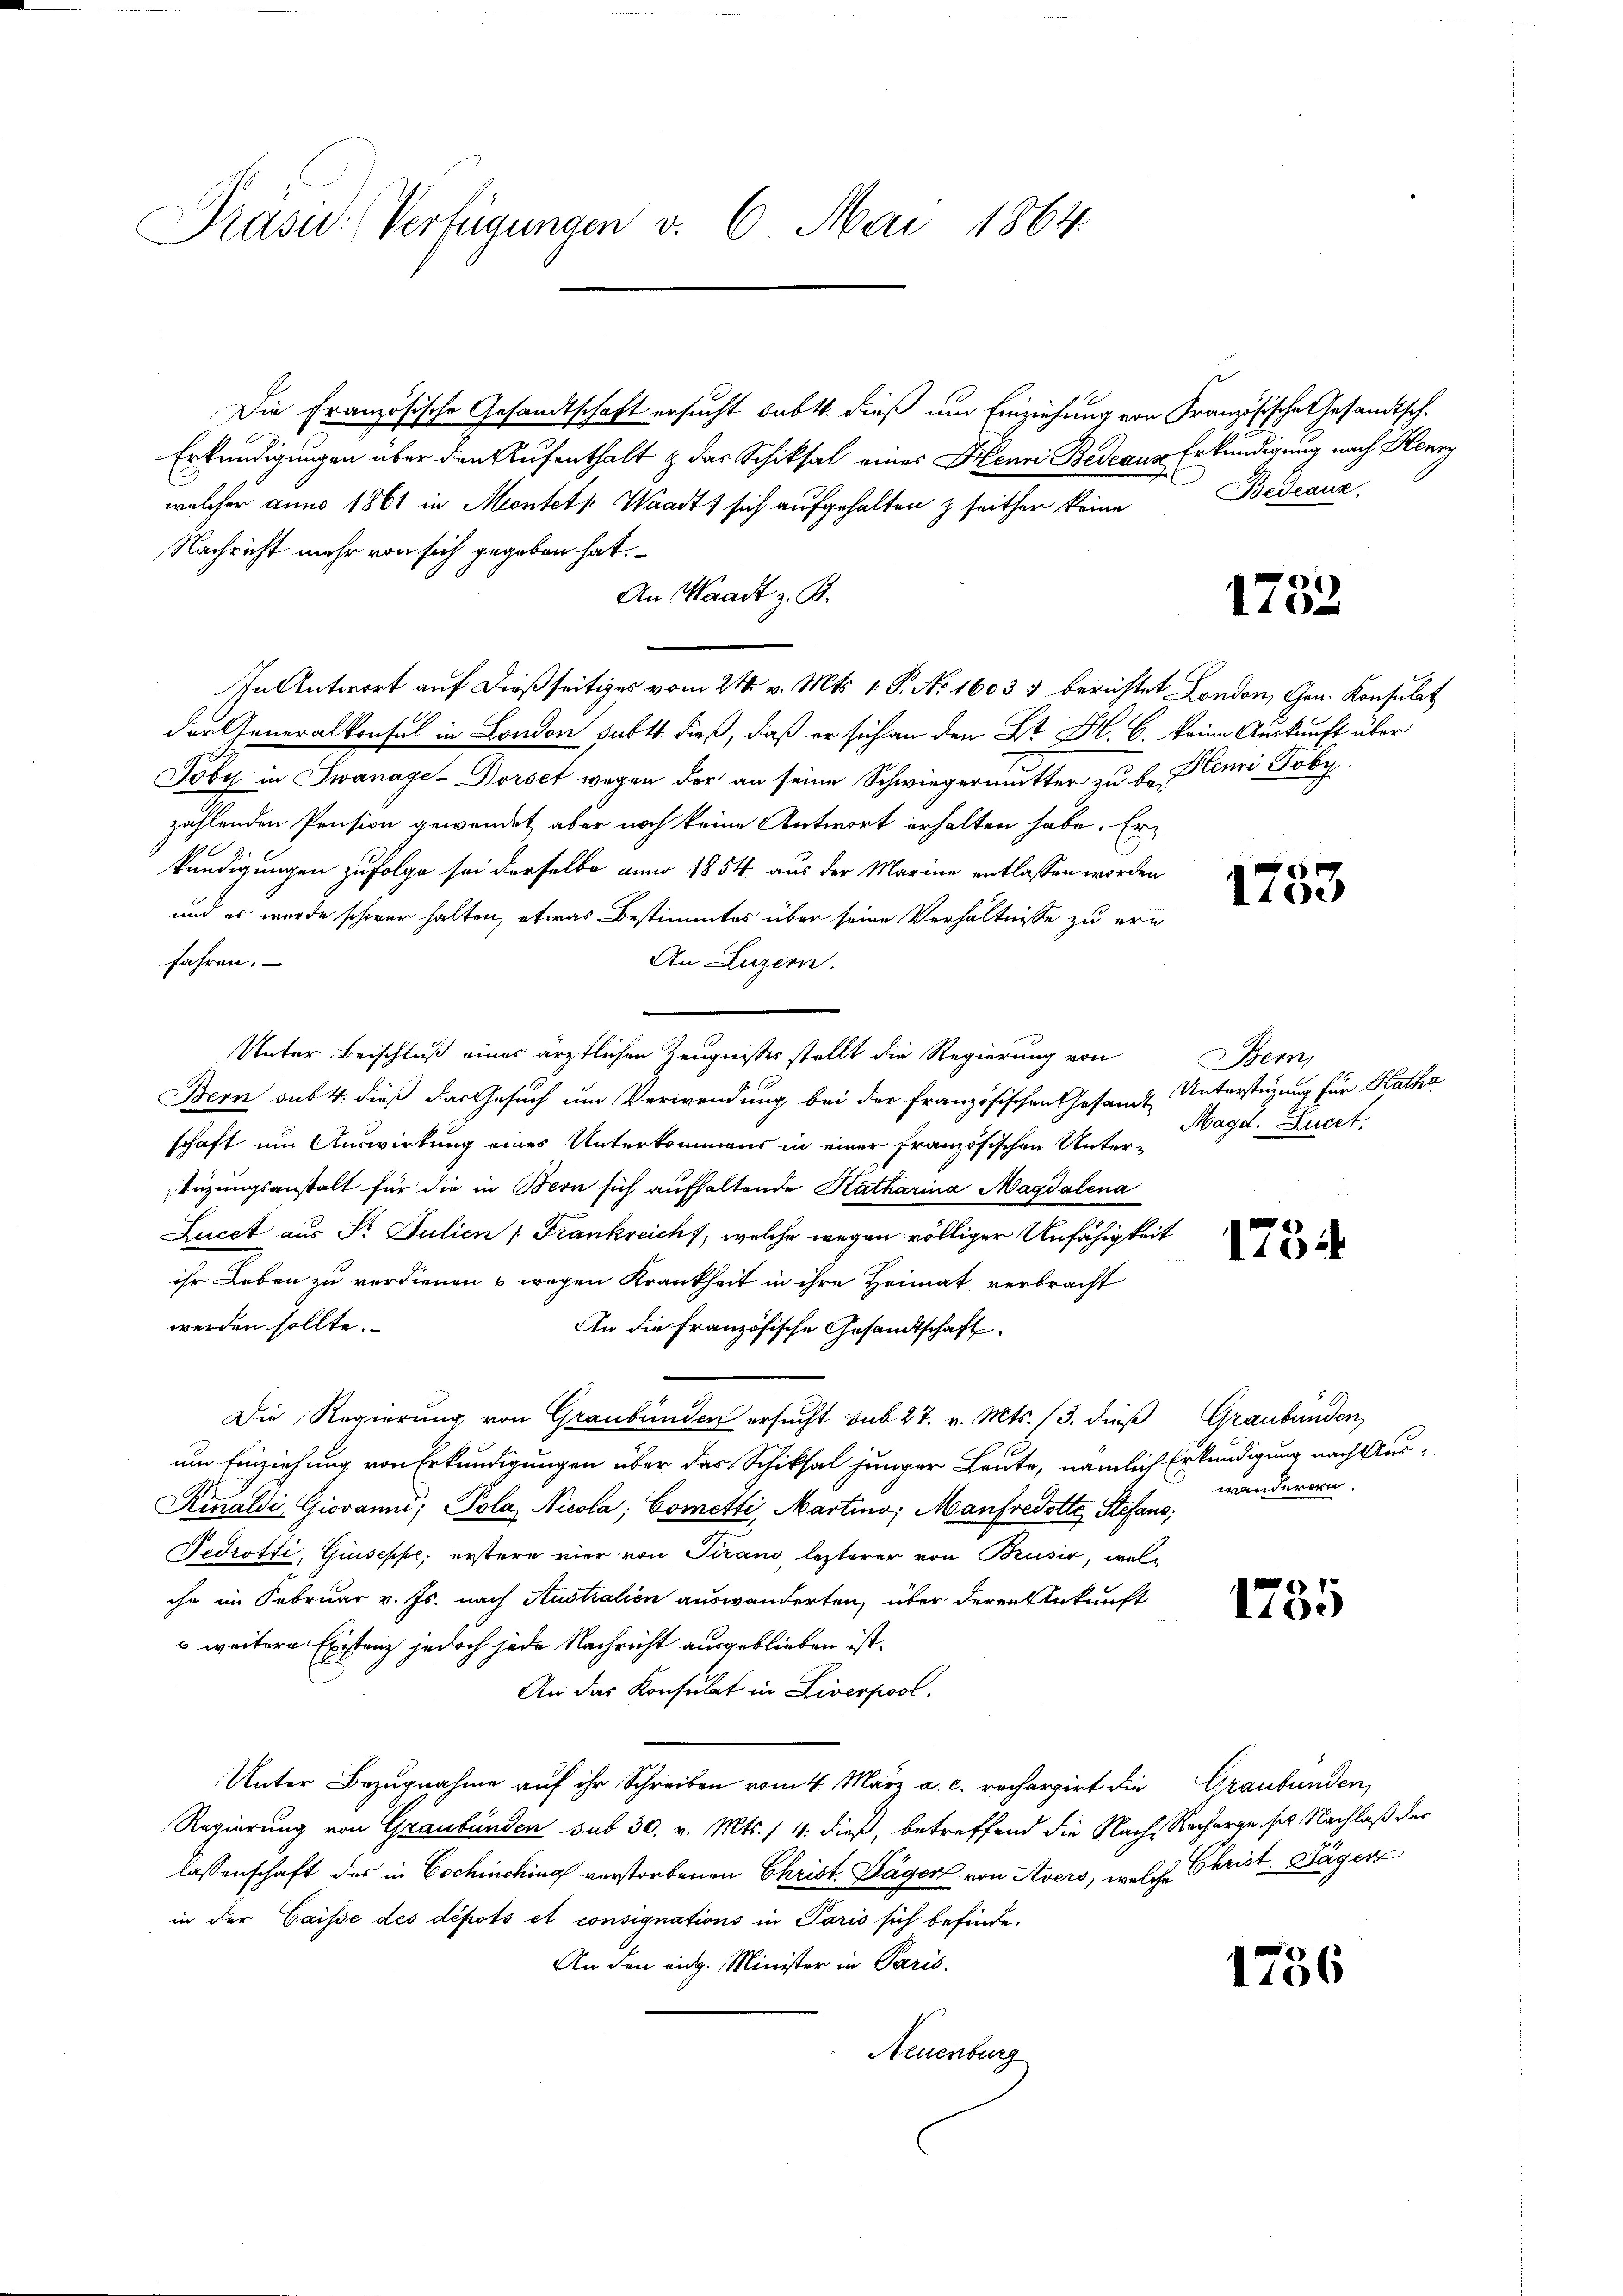
Präsi: Verfügungen v. 6. Mai 1864.

Die Französische Gesandtschaft ersucht babtt. dieß um Einziehung von Französische Gesandtsch.
Erkundigungen über den Aufenthalt & das Schiksal eines Henri Bedeaus Erkundigung nach Henry
welcher anno 1861 in Montes Waadt, sich aufgehalten & seither keine
Nachricht mehr von sich gegeben hat.
An Waadt z. B.
der Generalkonsul in London subt. dieß, daß er sich an den B. H. B. keine Auskunft über
Joby in Swanage-Dorset wegen der an seine Schwiegermutter zu be- Plenri Toby.
zählenden Pension gewendet, aber noch keine Antwort erhalten habe. Er
kündigungen zufolge sei derselbe anno 1854 aus der Marine entlassen worden
und es wurde schwer halten, etwas Bestimmtes über seine Verhältnisse zu ern
fahren.
An Luzern.
Unter Beischluß eines ärztlichen Zeugnisses stellt die Regierung von Bern,
Bern sub 4. dieß das Gesuch um Verwendung bei der französischen Gesand Unterstüzung für Katha
schaft um Auswirkung eines Unterkommens in einer französischen Unter-
tüzungsanstalt für die in Bern sich aufhaltende Katharina Magdalena
Lucet aus S. Julien " Frankreich, welche wegen völliger Unfähigkeit
ihr Leben zu verdienen & wegen Krankheit in ihre Heimat verbracht
werden sollte.
An die Französische Gesandtschaft
Die Regierung von Graubünden ersucht sub 27. v. Mts. 13. dieß
um Einziehung von Erkundigungen über das Schiksal junger Leute, nämlich Erkundigung nach Aus¬
Rinaldi Giovann; Pola Nicola, Cometti, Martino; Manfredotte Stefang;
Fedrotti, Giuseppe, erstere vier von Tirano lezterer von Brusio, welche im Februar v. Js. nach Australien auswanderten, über deren Ankunft
u weitere Existenz jedoch jede Nachricht ausgeblieben ist.
An das Konsulat in Liverpool.
Unter Bezugnahme auf ihr Schreiben vom 4. März a. c. rechargirt die Graubünden,
Regierung von Graubünden sub 30. v. Mts. / 4. dieß, betreffend die Nach Recharge ses Nachlaß der
lassenschaft des in Cochincking verstorbenen Christ. Täger von Avers, welche Christ, Hägen
in der Caisse des dépots et consignations in Paris sich befinde.
An den eidg. Minister in Paris.
Neuenburg

In Antwort auf dießseitiges vom 24. v. Mts. 1. P. No 16033 berichtet London, Gen. Konsulat

s
Bedeaux,

e
110

x
110.

Magd. Lucet.

1754

Graubünden
wänderern.

1735

1756